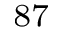
^ { 8 7 }